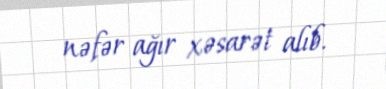
nəfər ağır xəsarət alıb.